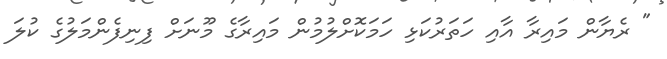
" ރެޔާން މައިރާ އާއި ހަތަރުކަޅި ހަމަކޮށްލުމުން މައިރާގެ މޫނަށް ފިނިފެންމަލުގެ ކުލަ